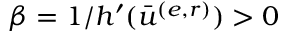
\beta = 1 / h ^ { \prime } ( \bar { u } ^ { ( e , r ) } ) > 0